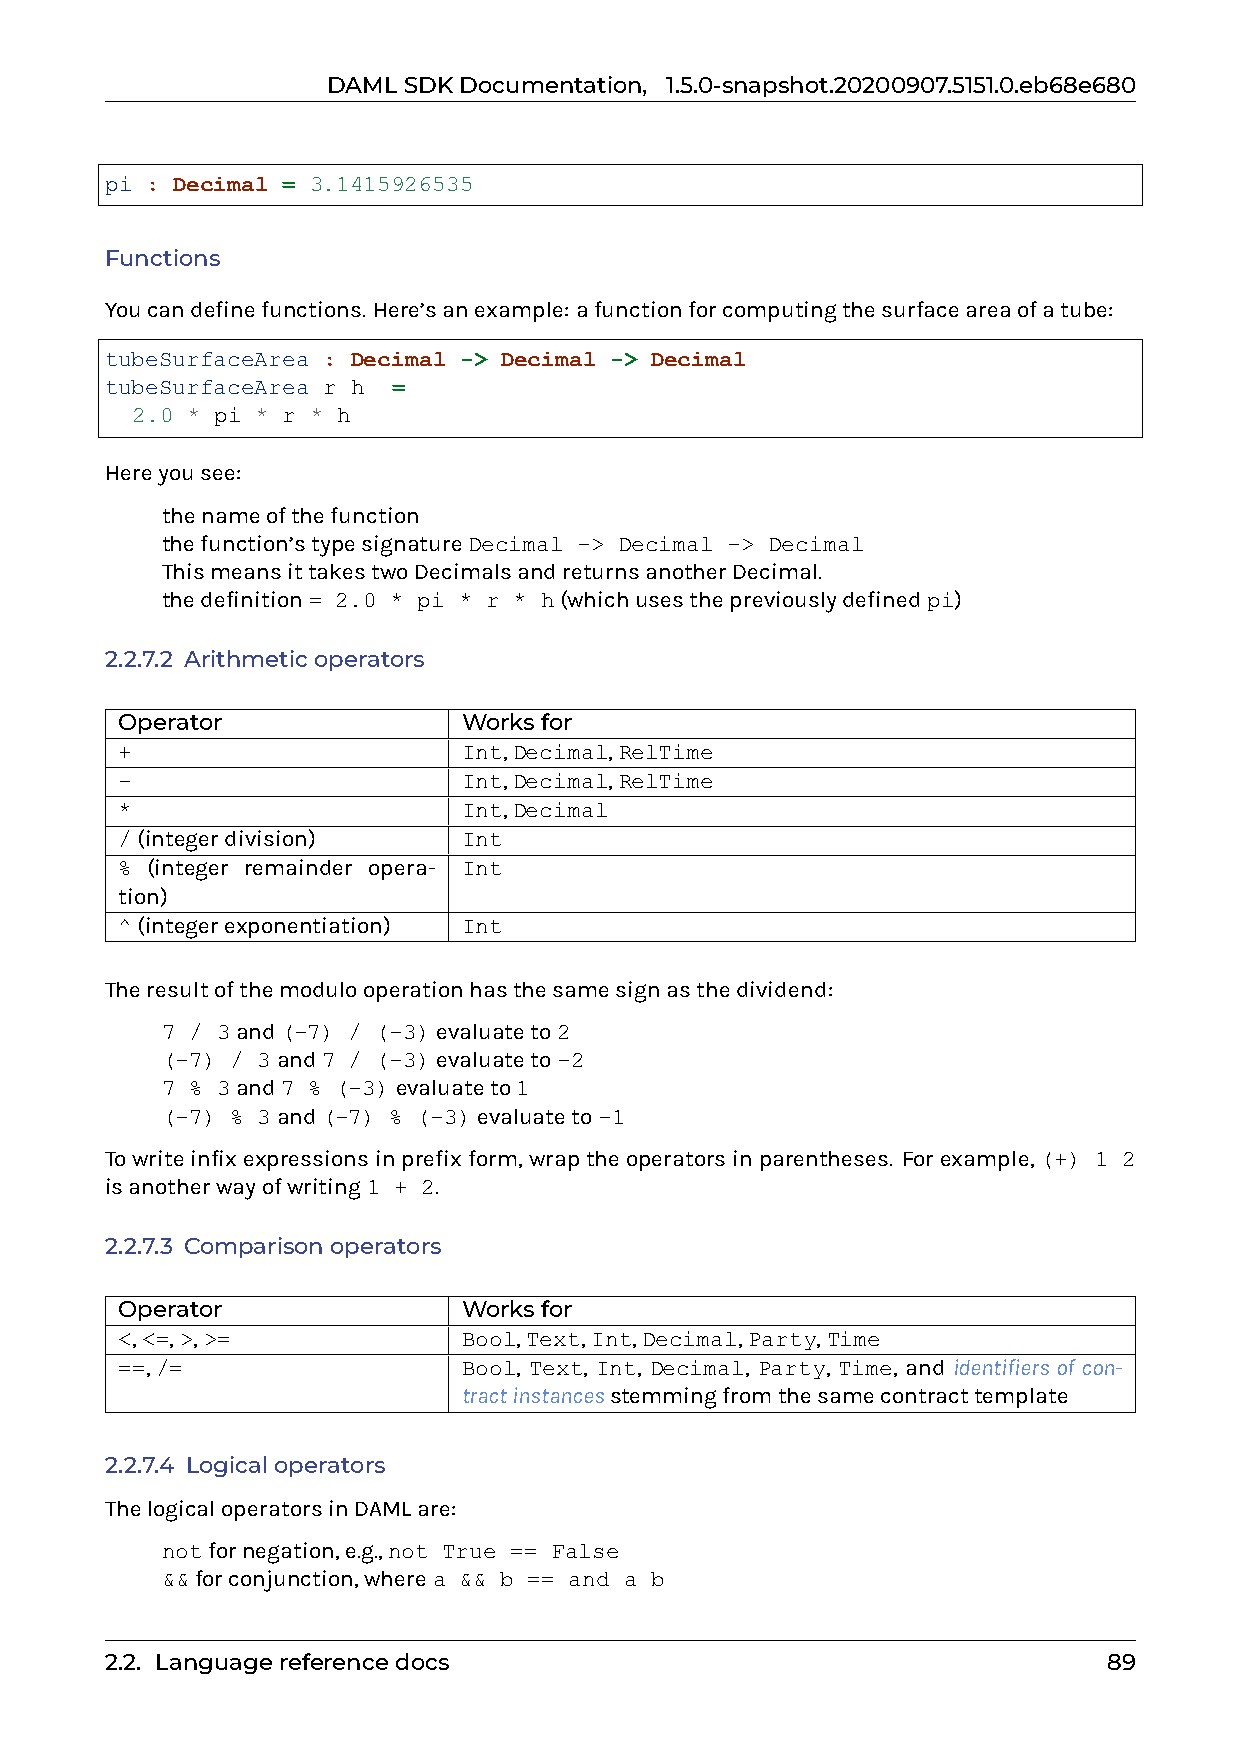
DAMLSDKDocumentation, 1.5.0-snapshot.20200907.5151.0.eb68e680
 pi : Decimal = 3.1415926535
 Functions
 Youcandefinefunctions. Here’sanexample: afunctionforcomputingthesurfaceareaofatube:
 tubeSurfaceArea : Decimal -> Decimal -> Decimal
 tubeSurfaceArea r h =
 2.0 * pi * r * h
 Hereyousee:
 0 thenameofthefunction
 0 thefunction’stypesignatureDecimal -> Decimal -> Decimal
 ThismeansittakestwoDecimalsandreturnsanotherDecimal.
 0 thedefinition= 2.0 * pi * r * h(whichusesthepreviouslydefinedpi)
 2.2.7.2 Arithmeticoperators
 Operator               Worksfor
 +                      Int,Decimal,RelTime
 -                      Int,Decimal,RelTime
 *                      Int,Decimal
 /(integerdivision)     Int
 % (integer remainder opera- Int
 tion)
 ^(integerexponentiation) Int
 Theresultofthemodulooperationhasthesamesignasthedividend:
 0 7 / 3and(-7) / (-3)evaluateto2
 0 (-7) / 3and7 / (-3)evaluateto-2
 0 7 % 3and7 % (-3)evaluateto1
 0 (-7) % 3and(-7) % (-3)evaluateto-1
 Towriteinfixexpressionsinprefixform,wraptheoperatorsinparentheses. Forexample,(+) 1 2
 isanotherwayofwriting1 + 2.
 2.2.7.3 Comparisonoperators
 Operator               Worksfor
 <,<=,>,>=              Bool,Text,Int,Decimal,Party,Time
 ==,/=                  Bool, Text, Int, Decimal, Party, Time, and identifiers of con-
 tractinstancesstemmingfromthesamecontracttemplate
 2.2.7.4 Logicaloperators
 ThelogicaloperatorsinDAMLare:
 0 notfornegation,e.g.,not True == False
 0 &&forconjunction,wherea && b == and a b
 2.2. Languagereferencedocs                                        89